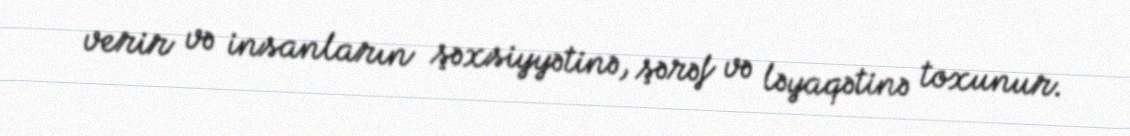
verir və insanların şəxsiyyətinə, şərəf və ləyaqətinə toxunur.